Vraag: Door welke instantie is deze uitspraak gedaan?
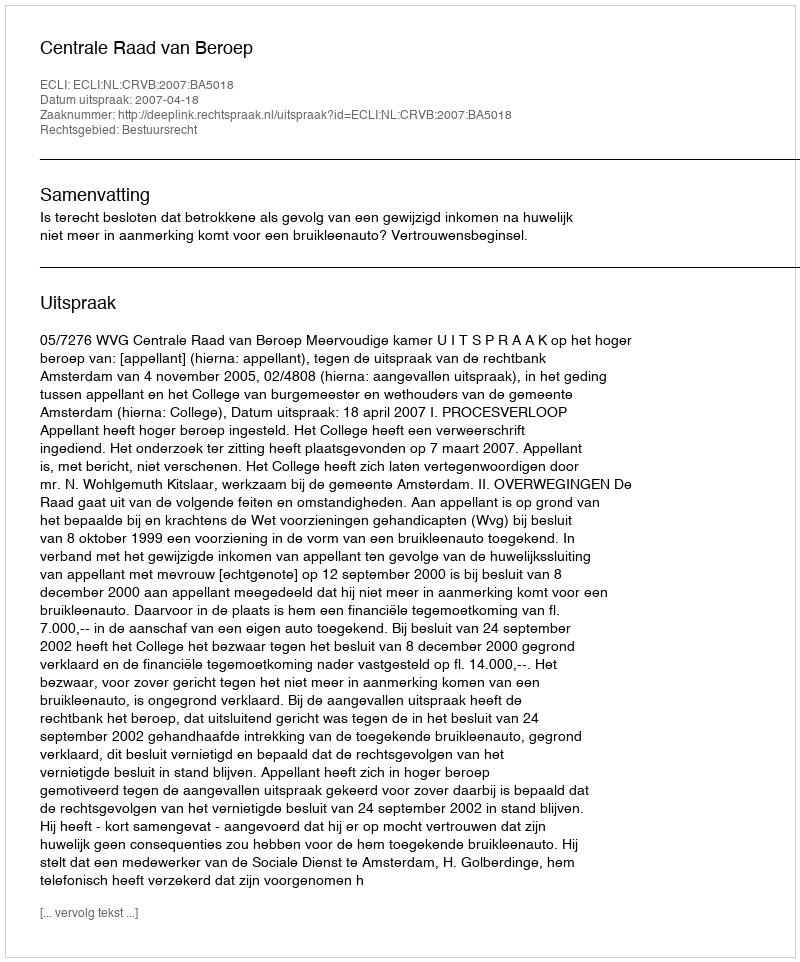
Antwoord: Centrale Raad van Beroep